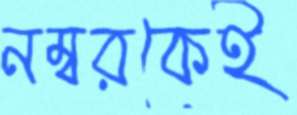
নম্বরকেই